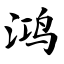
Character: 鸿